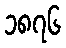
၁၈၇၆